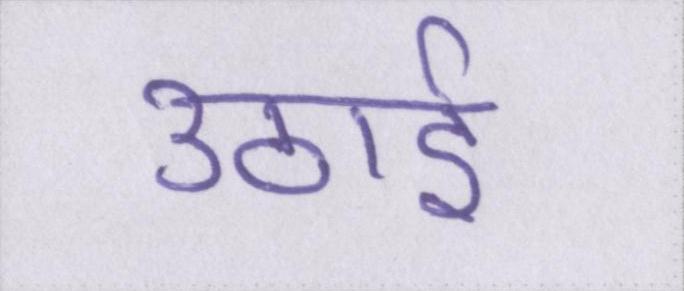
उठाई